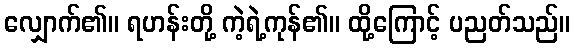
လျှောက်၏။ ရဟန်းတို့ ကဲ့ရဲ့ကုန်၏။ ထို့ကြောင့် ပညတ်သည်။